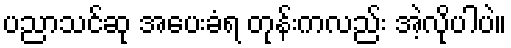
ပညာသင်ဆု အပေးခံရ တုန်းကလည်း အဲ့လိုပါပဲ။